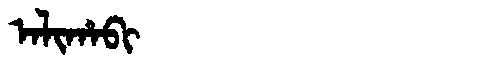
Manchu: ᠠᠯᡳᡥᠠᠪᡳ
Romanization: ALIHABI